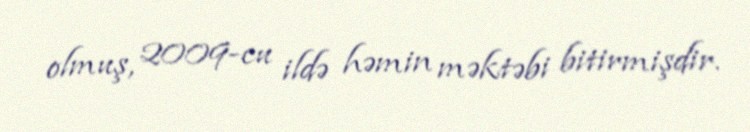
olmuş, 2009-cu ildə həmin məktəbi bitirmişdir.